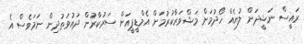
ރައީސް ނަޝީދަށް ލުޔެއް ހޯދުމަށް މަޝްވަރާކުރުމަށް އެމްޑީޕީއަށް ސަރުކާރުން ދައުވަތުދިން ނަމަވެސް އެ